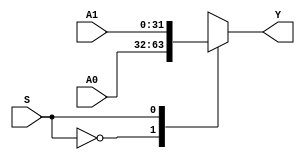
`timescale 1ns / 1ps
//////////////////////////////////////////////////////////////////////////////////
// Company: 
// Engineer: 
// 
// Design Name: 
// Module Name: MUX2X32
// Project Name: 
// Target Devices: 
// Tool Versions: 
// Description: 
// 
// Dependencies: 
// 
// Revision:
// Revision 0.01 - File Created
// Additional Comments:
// 
//////////////////////////////////////////////////////////////////////////////////


module MUX2X32(A0,A1,S,Y);
input[31:0] A0,A1;
input S;
output [31:0]Y;
function [31:0] select;
    input [31:0]A0,A1;
    input S;
    case(S)
        1'b0:select=A0;
        1'b1:select=A1;
    endcase
endfunction
assign Y=select(A0,A1,S);
endmodule